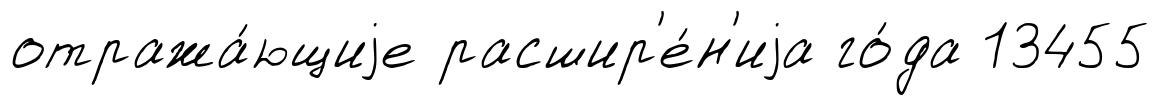
отража́ющиjе расшир'е́н'иjа го́да 13455